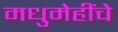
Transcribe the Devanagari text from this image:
मधुमेहींचे